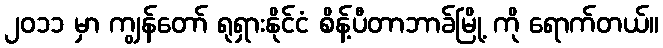
၂၀၁၁ မှာ ကျွန်တော် ရုရှားနိုင်ငံ စိန့်ပီတာဘာခ်မြို့ ကို ရောက်တယ်။